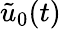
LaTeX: \tilde{u}_{0}(t)